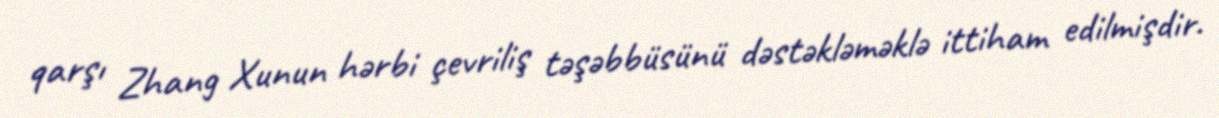
qarşı Zhang Xunun hərbi çevriliş təşəbbüsünü dəstəkləməklə ittiham edilmişdir.